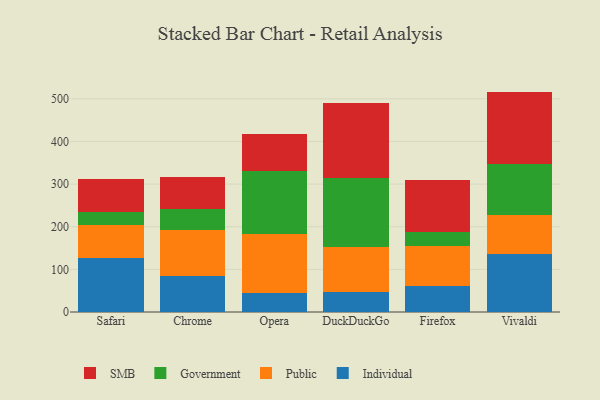
{"axis": {"x": "Browser", "y": "Bounce Rate (%)"}, "legend": ["Government", "Individual", "Public", "SMB"], "data": [{"x": "Safari", "y": 125.5, "type": "Individual"}, {"x": "Safari", "y": 77.7, "type": "Public"}, {"x": "Safari", "y": 32.4, "type": "Government"}, {"x": "Safari", "y": 75.6, "type": "SMB"}, {"x": "Chrome", "y": 85.3, "type": "Individual"}, {"x": "Chrome", "y": 107.2, "type": "Public"}, {"x": "Chrome", "y": 48.0, "type": "Government"}, {"x": "Chrome", "y": 75.4, "type": "SMB"}, {"x": "Opera", "y": 44.8, "type": "Individual"}, {"x": "Opera", "y": 138.3, "type": "Public"}, {"x": "Opera", "y": 148.5, "type": "Government"}, {"x": "Opera", "y": 85.7, "type": "SMB"}, {"x": "DuckDuckGo", "y": 46.0, "type": "Individual"}, {"x": "DuckDuckGo", "y": 106.1, "type": "Public"}, {"x": "DuckDuckGo", "y": 161.3, "type": "Government"}, {"x": "DuckDuckGo", "y": 177.1, "type": "SMB"}, {"x": "Firefox", "y": 60.6, "type": "Individual"}, {"x": "Firefox", "y": 94.1, "type": "Public"}, {"x": "Firefox", "y": 33.4, "type": "Government"}, {"x": "Firefox", "y": 121.2, "type": "SMB"}, {"x": "Vivaldi", "y": 135.0, "type": "Individual"}, {"x": "Vivaldi", "y": 92.1, "type": "Public"}, {"x": "Vivaldi", "y": 119.3, "type": "Government"}, {"x": "Vivaldi", "y": 170.5, "type": "SMB"}]}